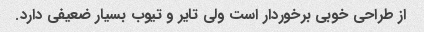
از طراحی خوبی برخوردار است ولی تایر و تیوب بسیار ضعیفی دارد.